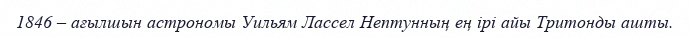
1846 – ағылшын астрономы Уильям Лассел Нептунның ең ірі айы Тритонды ашты.